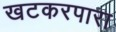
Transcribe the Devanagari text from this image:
खटकरपारा